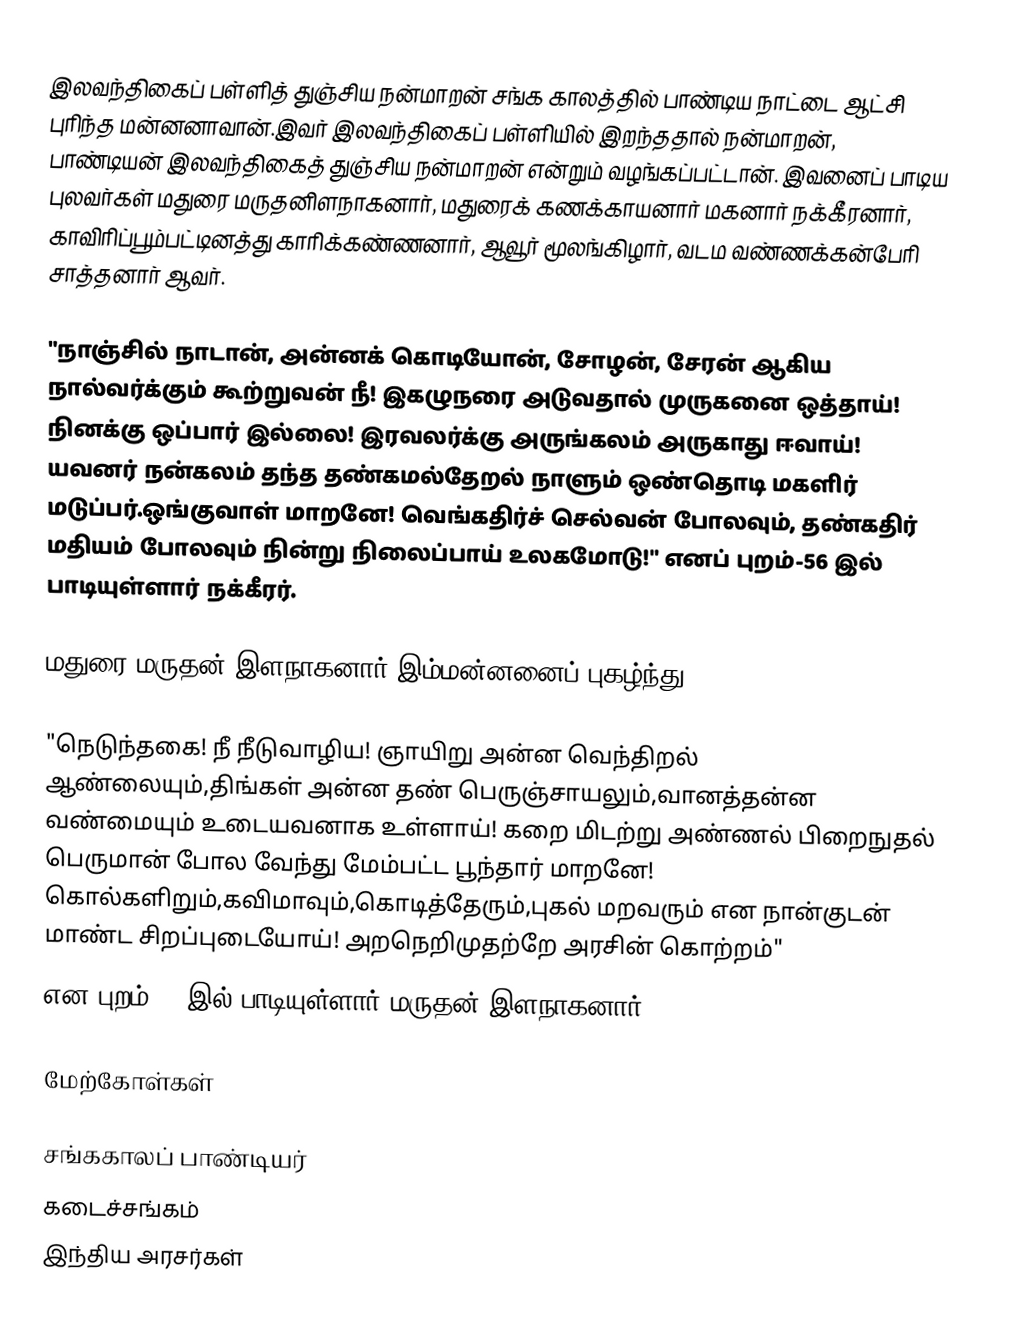
இலவந்திகைப் பள்ளித் துஞ்சிய நன்மாறன் சங்க காலத்தில் பாண்டிய நாட்டை ஆட்சி புரிந்த மன்னனாவான்.இவர்  இலவந்திகைப் பள்ளியில் இறந்ததால் நன்மாறன், பாண்டியன் இலவந்திகைத் துஞ்சிய நன்மாறன் என்றும் வழங்கப்பட்டான். இவனைப் பாடிய புலவர்கள் மதுரை மருதனிளநாகனார், மதுரைக் கணக்காயனார் மகனார் நக்கீரனார், காவிரிப்பூம்பட்டினத்து காரிக்கண்ணனார், ஆவூர் மூலங்கிழார், வடம வண்ணக்கன்பேரி சாத்தனார் ஆவர்.

"நாஞ்சில் நாடான், அன்னக் கொடியோன், சோழன், சேரன் ஆகிய நால்வர்க்கும் கூற்றுவன் நீ!  இகழுநரை அடுவதால் முருகனை ஒத்தாய்! நினக்கு ஒப்பார் இல்லை! இரவலர்க்கு அருங்கலம் அருகாது ஈவாய்! யவனர் நன்கலம் தந்த தண்கமல்தேறல் நாளும் ஒண்தொடி மகளிர் மடுப்பர்.ஒங்குவாள் மாறனே! வெங்கதிர்ச் செல்வன் போலவும், தண்கதிர் மதியம் போலவும் நின்று நிலைப்பாய் உலகமோடு!" எனப் புறம்-56 இல் பாடியுள்ளார் நக்கீரர்.

மதுரை மருதன் இளநாகனார் இம்மன்னனைப் புகழ்ந்து

"நெடுந்தகை! நீ நீடுவாழிய! ஞாயிறு அன்ன வெந்திறல் ஆண்லையும்,திங்கள் அன்ன தண் பெருஞ்சாயலும்,வானத்தன்ன வண்மையும் உடையவனாக உள்ளாய்! கறை மிடற்று அண்ணல் பிறைநுதல் பெருமான் போல வேந்து மேம்பட்ட பூந்தார் மாறனே! கொல்களிறும்,கவிமாவும்,கொடித்தேரும்,புகல் மறவரும் என நான்குடன் மாண்ட சிறப்புடையோய்! அறநெறிமுதற்றே அரசின் கொற்றம்"
என புறம்-55 இல் பாடியுள்ளார் மருதன் இளநாகனார்.

மேற்கோள்கள்

சங்ககாலப் பாண்டியர்
கடைச்சங்கம்
இந்திய அரசர்கள்